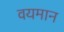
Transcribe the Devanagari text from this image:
वयमान